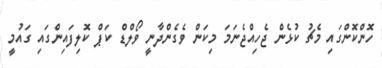
ހޮންކޮންގައި މެޗު ކުޅެން ޖެހިއްޖެނަމަ މިކަން ވެގެންދާނީ ވޯލްޑް ކަޕް ކޮލިފައިންގައި ގައުމީ